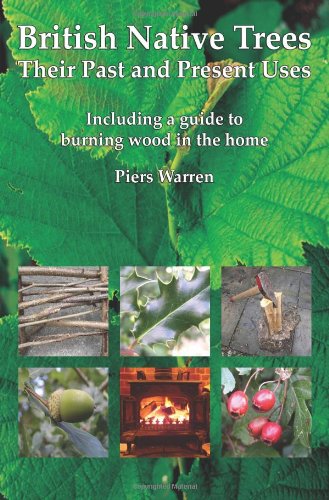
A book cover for British Native Trees - Their Past and Present Uses; Piers Warren; Crafts, Hobbies & Home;